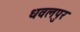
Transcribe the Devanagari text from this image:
धवलपुर